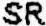
SR